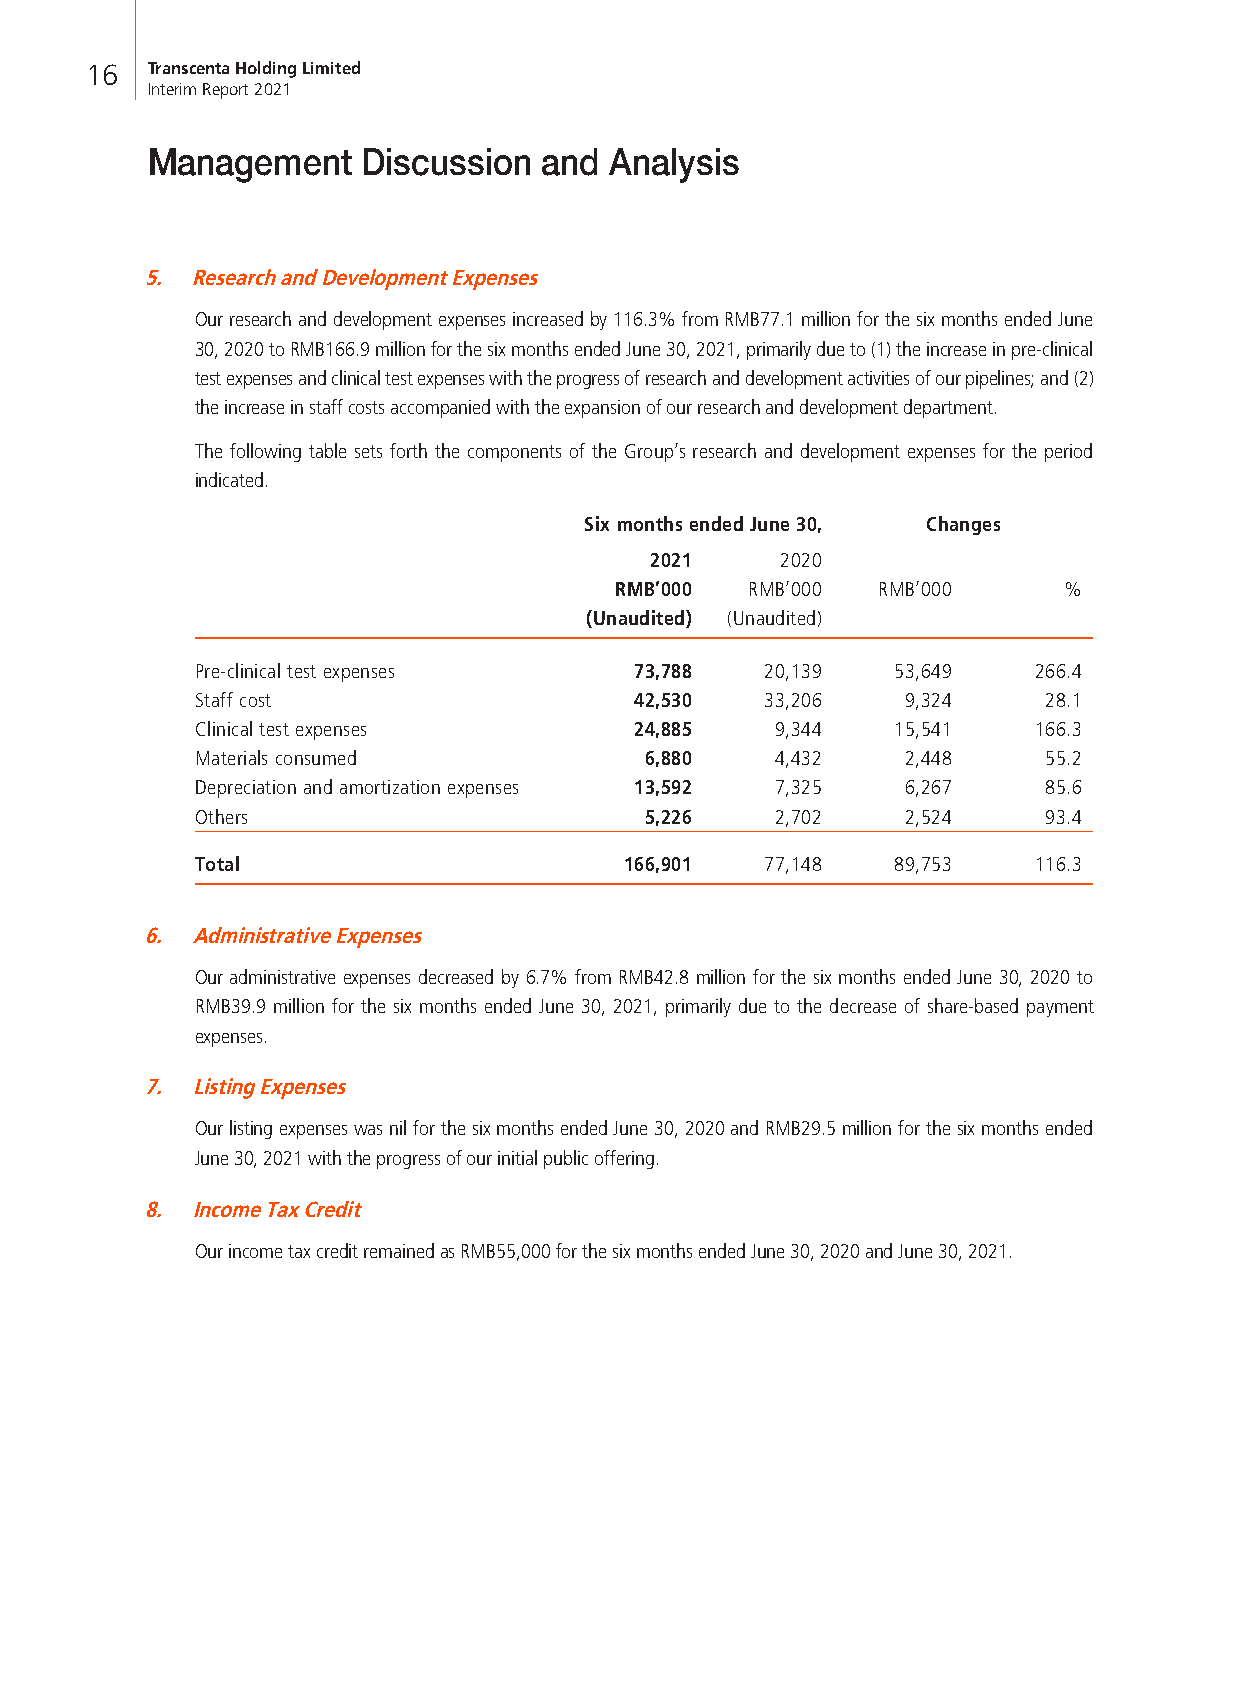
16  Transcenta Holding Limited
 Interim Report 2021
 Management    Discussion  and Analysis
 5. Research and Development Expenses
 Our research and development expenses increased by 116.3% from RMB77.1 million for the six months ended June
 30, 2020 to RMB166.9 million for the six months ended June 30, 2021, primarily due to (1) the increase in pre-clinical
 test expenses and clinical test expenses with the progress of research and development activities of our pipelines; and (2)
 the increase in staff costs accompanied with the expansion of our research and development department.
 The following table sets forth the components of the Group’s research and development expenses for the period
 indicated.
 Six months ended June 30, Changes
 2021     2020
 RMB’000 RMB’000  RMB’000     %
 (Unaudited) (Unaudited)
 Pre-clinical test expenses   73,788   20,139  53,649   266.4
 Staff cost                   42,530   33,206   9,324    28.1
 Clinical test expenses       24,885   9,344   15,541   166.3
 Materials consumed            6,880   4,432    2,448    55.2
 Depreciation and amortization expenses 13,592 7,325 6,267 85.6
 Others                        5,226   2,702    2,524    93.4
 Total                       166,901   77,148  89,753   116.3
 6. Administrative Expenses
 Our administrative expenses decreased by 6.7% from RMB42.8 million for the six months ended June 30, 2020 to
 RMB39.9 million for the six months ended June 30, 2021, primarily due to the decrease of share-based payment
 expenses.
 7. Listing Expenses
 Our listing expenses was nil for the six months ended June 30, 2020 and RMB29.5 million for the six months ended
 June 30, 2021 with the progress of our initial public offering.
 8. Income Tax Credit
 Our income tax credit remained as RMB55,000 for the six months ended June 30, 2020 and June 30, 2021.